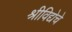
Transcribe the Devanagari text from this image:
श्रीविद्येचे